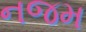
નજમ